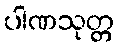
ပါဏသုတ္တ